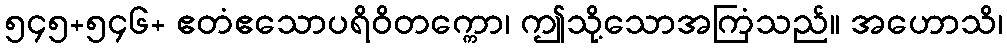
၅၄၅+၅၄၆+ ဧတံဧသောပရိဝိတက္ကော၊ ဤသို့သောအကြံသည်။ အဟောသိ၊